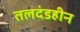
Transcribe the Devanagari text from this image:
तलदंडहीन